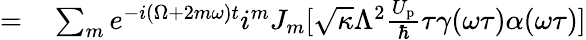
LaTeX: \begin{array}{rl}{=}&{{}\sum_{m}e^{-i(\Omega+2m\omega)t}i^{m}J_{m}[\sqrt{\kappa}\Lambda^{2}\frac{U_{\mathrm{p}}}{\hbar}\tau\gamma(\omega\tau)\alpha(\omega\tau)]}\end{array}